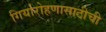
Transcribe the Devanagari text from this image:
गिर्यारोहणासाठीची